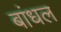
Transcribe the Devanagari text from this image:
बांधल